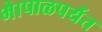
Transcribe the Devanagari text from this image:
भेापाळपर्यंत